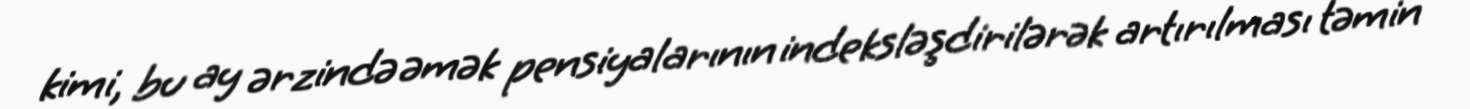
kimi, bu ay ərzində əmək pensiyalarının indeksləşdirilərək artırılması təmin